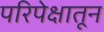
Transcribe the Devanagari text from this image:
परिपेक्षातून